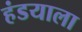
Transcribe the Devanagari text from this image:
हंडयाला